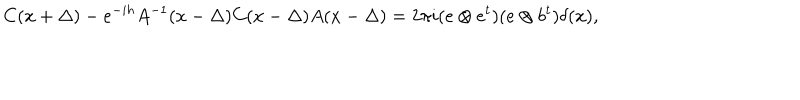
LaTeX: C ( x + \Delta ) - e ^ { - i h } A ^ { - 1 } ( x - \Delta ) C ( x - \Delta ) A ( x - \Delta ) = 2 \pi i ( e \otimes e ^ { t } ) ( e \otimes b ^ { t } ) \delta ( x ) ,